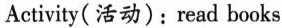
Activity(活动): read books